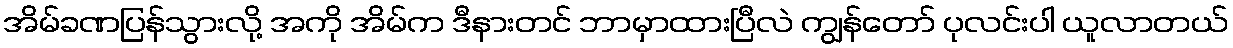
အိမ်ခဏပြန်သွားလို့ အကို အိမ်က ဒီနားတင် ဘာမှာထားပြီလဲ ကျွန်တော် ပုလင်းပါ ယူလာတယ်